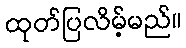
ထုတ်ပြလိမ့်မည်။